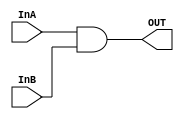
`timescale  1ns/100ps
module andGate(OUT, InA, InB);
//and module (branch & zero)
input InA, InB;
output OUT;

assign OUT = InA & InB;

endmodule